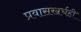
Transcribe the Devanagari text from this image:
प्रवासखर्चही